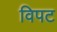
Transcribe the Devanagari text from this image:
विपट